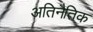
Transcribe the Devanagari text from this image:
अतिनैतिक